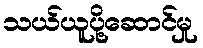
သယ်ယူပို့ဆောင်မှု